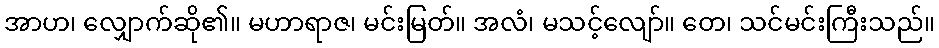
အာဟ၊ လျှောက်ဆို၏။ မဟာရာဇ၊ မင်းမြတ်။ အလံ၊ မသင့်လျော်။ တေ၊ သင်မင်းကြီးသည်။